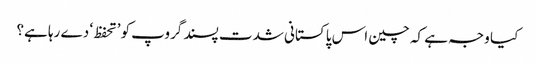
کیا وجہ ہے کہ چین اس پاکستانی شدت پسند گروپ کو ’تحفظ‘ دے رہا ہے؟